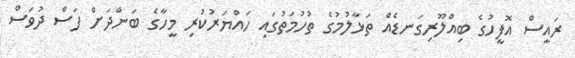
ރައީސް އޮފީހުގެ ބިއްލޫރިގަނޑެއް ތަޅާލުމުގެ ތުހުމަތުގައި ހައްޔަރުކުރި މީހާގެ ބަންދަށް ފަސް ދުވަސް